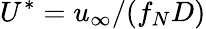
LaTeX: U^{\ast}=u_{\infty}/(f_{N}D)